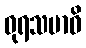
ဓုရသမာဓိ